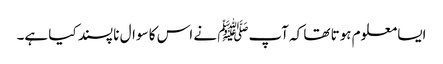
ایسا معلوم ہوتا تھا کہ آپﷺ نے اس کا سوال نا پسند کیا ہے۔